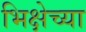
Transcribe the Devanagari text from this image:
भिक्षेच्या